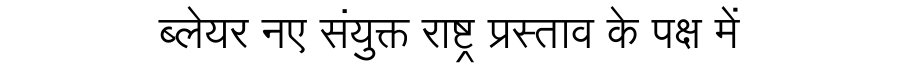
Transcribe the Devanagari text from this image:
ब्लेयर नए संयुक्त राष्ट्र प्रस्ताव के पक्ष में